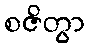
စဇိတွာ